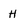
Character: H